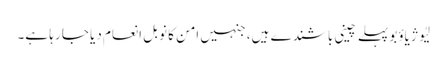
لِیُو ژیاؤبو پہلے چینی باشندے ہیں، جنہیں امن کا نوبل انعام دیا جا رہا ہے۔